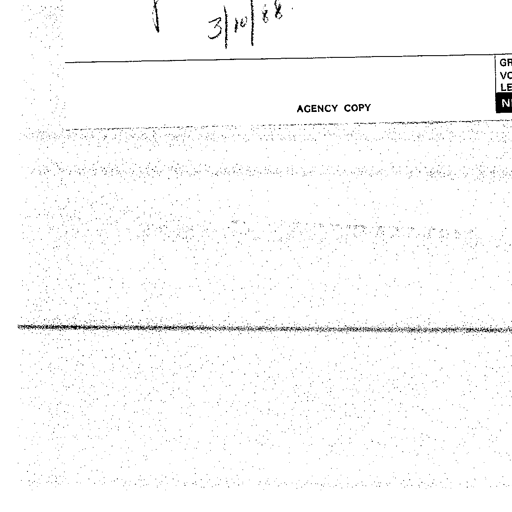
3/10/88
AGENCY COPY